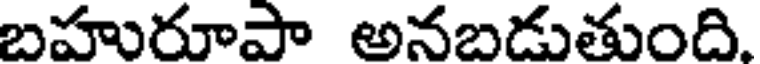
బహురూపా అనబడుతుంది.